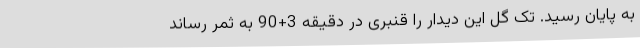
به پایان رسید. تک گل این دیدار را قنبری در دقیقه 3+90 به ثمر رساند